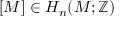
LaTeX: [ M ] \in H _ { n } ( M ; \mathbb { Z } )